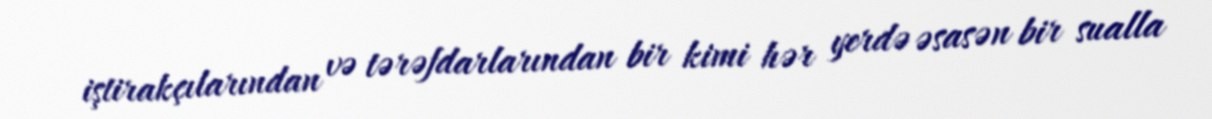
iştirakçılarından və tərəfdarlarından bir kimi hər yerdə əsasən bir sualla